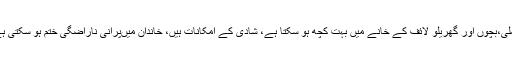
فیملی،بچوں اور گھریلو لائف کے خانے میں بہت کچھ ہو سکتا ہے، شادی کے امکانات ہیں، خاندان میںپرانی ناراضگی ختم ہو سکتی ہے۔